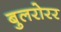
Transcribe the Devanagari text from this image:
बुलरोरर